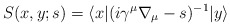
\begin{align*}S(x, y; s) = \langle x|(i\gamma^{\mu}\nabla_{\mu}-s)^{-1}|y\rangle\end{align*}